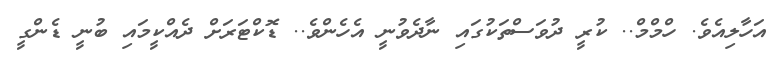
އަހާލިއެވެ. ހްމްމް.. ކުރީ ދުވަސްތަކުގައި ނާދެވުނީ އެހެންވެ.. ޑޮކްޓަރަށް ދެއްކީމައި ބުނީ ޑެންގީ